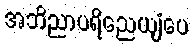
အဘိညာပရိညေယျံပေ